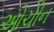
ઓચીન